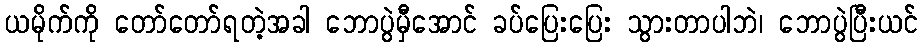
ယမိုက်ကို တော်တော်ရတဲ့အခါ ဘောပွဲမှီအောင် ခပ်ပြေးပြေး သွားတာပါဘဲ၊ ဘောပွဲပြီးယင်